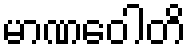
မာဏဝေါတိ